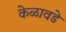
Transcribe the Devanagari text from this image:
केळावडे